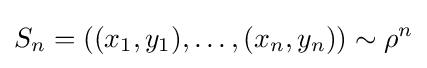
S_{n}=((x_{1},y_{1}),\ldots ,(x_{n},y_{n}))\sim \rho ^{n}